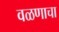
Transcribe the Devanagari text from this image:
वळणाचा